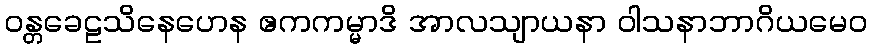
ဝန္တခေဠသိနေဟေန ဧကကမ္မာဒိ အာလသျာယနာ ဝါသနာဘာဂိယမေဝ